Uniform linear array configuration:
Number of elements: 48
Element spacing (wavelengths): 0.25
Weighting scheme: kaiser
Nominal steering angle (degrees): -30
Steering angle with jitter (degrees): -31.5
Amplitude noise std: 0.05
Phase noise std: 0.05

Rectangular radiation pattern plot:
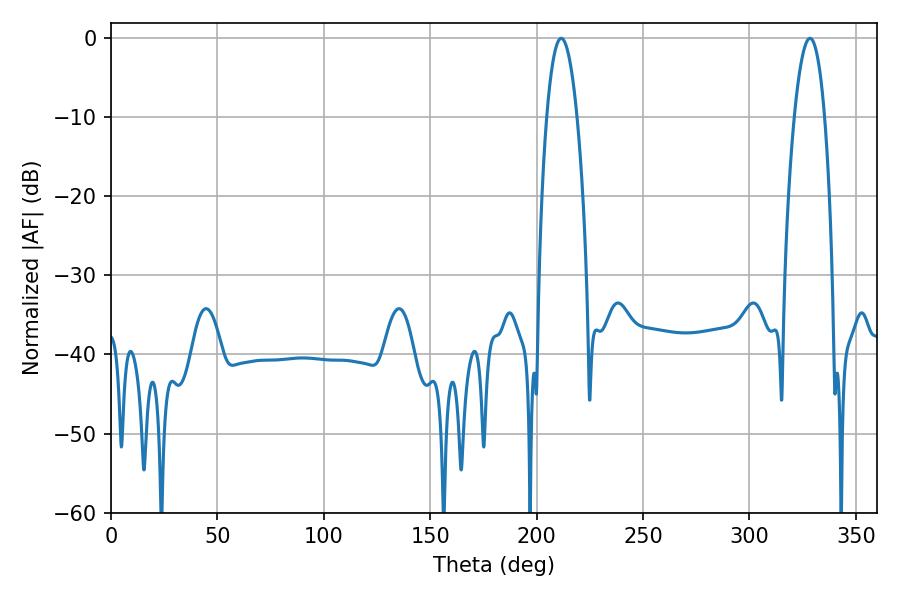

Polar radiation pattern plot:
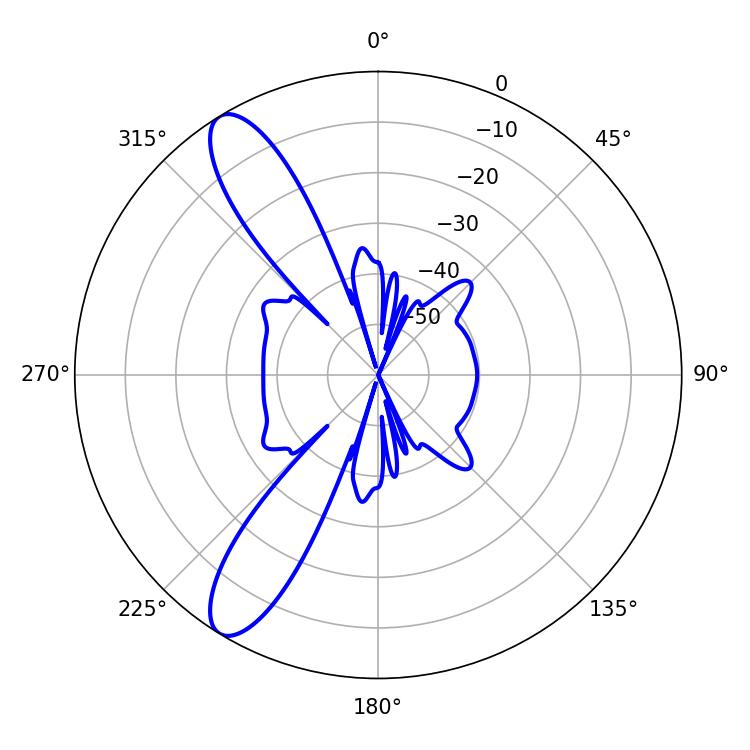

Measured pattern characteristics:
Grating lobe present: FALSE
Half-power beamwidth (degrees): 7.92
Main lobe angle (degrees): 211.5